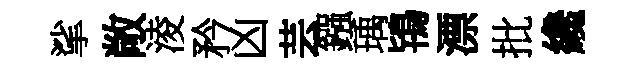
挲敞淩矜凶芸鏹瑀鴇漂批纔